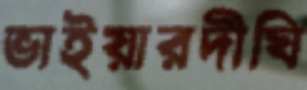
ভাইয়ারদীঘি